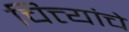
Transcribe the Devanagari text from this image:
चित्त्यांचे